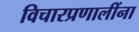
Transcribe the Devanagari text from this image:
विचारप्रणालींना